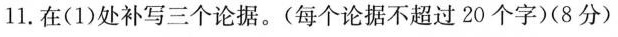
11.在(1)处补写三个论据。(每个论据不超过20个字)(8分)